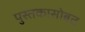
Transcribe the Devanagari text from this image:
पुस्तकासोबत